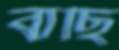
বাছি